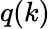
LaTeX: q(k)